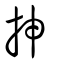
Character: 抻